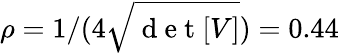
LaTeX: \rho=1/(4\sqrt{\mathrm{~d~e~t~}[V]})=0.44